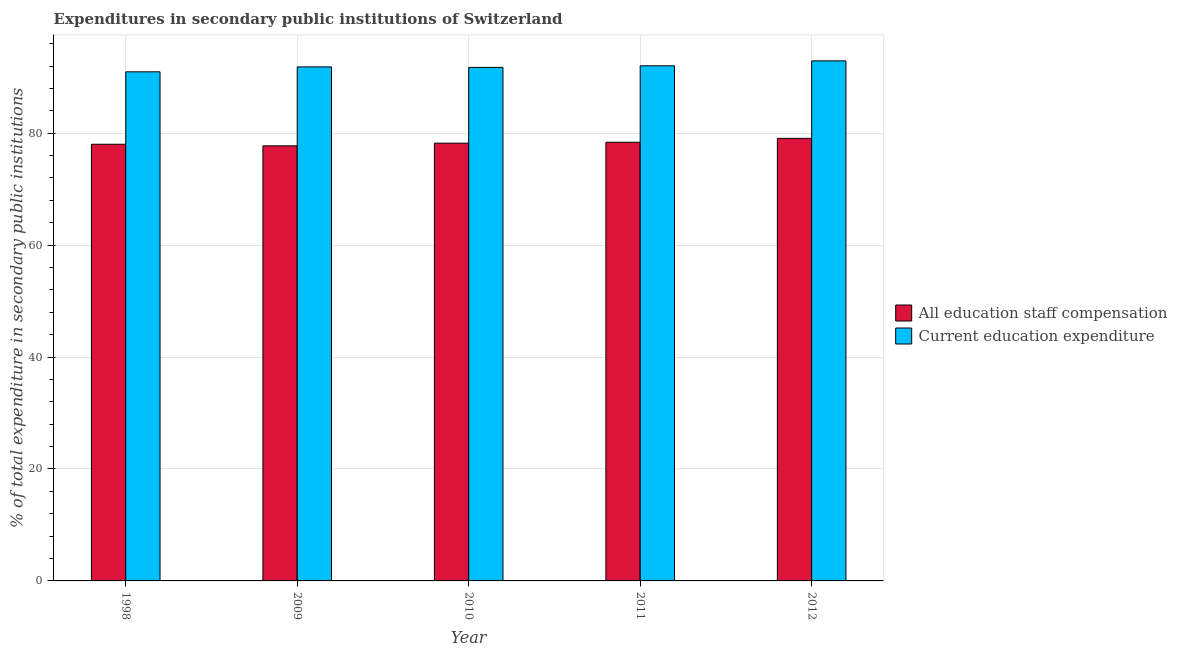
| Year | All education staff compensation | Current education expenditure |
 | --- | --- | --- |
 | 1998 | 78 | 91 |
 | 2009 | 77.7 | 91.8 |
 | 2010 | 78.2 | 91.8 |
 | 2011 | 78.4 | 92 |
 | 2012 | 79.1 | 92.9 |